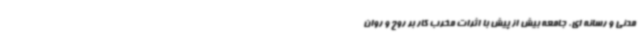
مدنی و رسانه ای، جامعه بیش از پیش با اثرات مخرب کار بر روح و روان